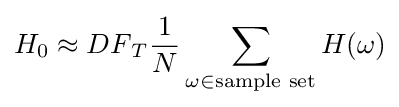
H_{0}\approx {DF}_{T}{\frac {1}{N}}\sum _{\omega \in {\text{sample set}}}H(\omega )